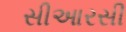
સીઆરસી